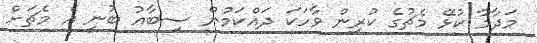
މަދާމާ ކުޅޭ މެޗުގެ ކުރިން ވާހަކަ ދައްކަމުން ސިބާއު ބުނީ އެ މެޗަށް